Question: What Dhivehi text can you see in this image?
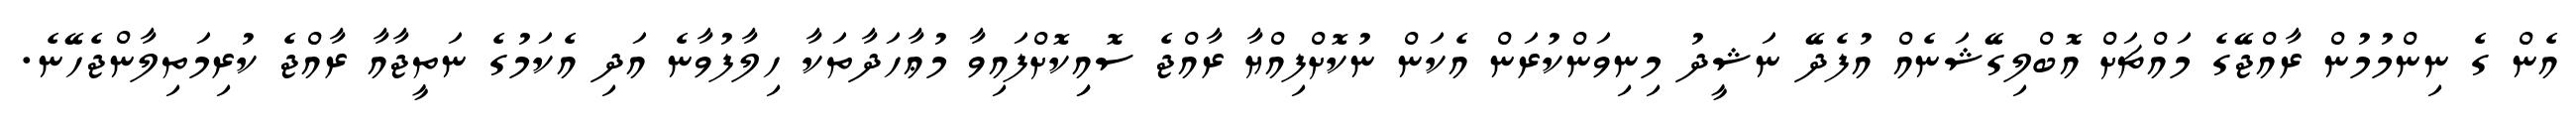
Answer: އެން ގެ ނިންމުމުން ރާއްޖޭގެ މައްޗަށް އޮބްލިގޭޝަނެއް އުފެދޭ ނަޝީދު މިނިވަންކުރަން އެކަން ނުކޮށްފިއްޔާ ރާއްޖެ ސޮއިިކޮށްފައިވާ މުޢާހަދާތަކާ ހިލާފުވާނެ އަދި އެކަމުގެ ނަތީޖާއާ ރާއްޖެ ކުރިމަތިލާންޖެހޭނެ.